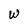
Character: W